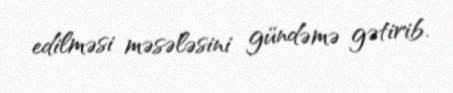
edilməsi məsələsini gündəmə gətirib.